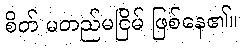
စိတ် မတည်မငြိမ် ဖြစ်နေ၏။